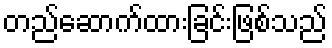
တည်ဆောက်ထားခြင်းဖြစ်သည်